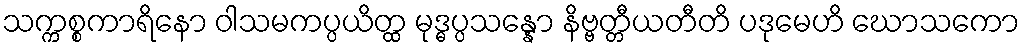
သက္ကစ္စကာရိနော ဝါသမကပ္ပယိတ္ထ မုဒ္ဓပ္ပသန္နော နိဗ္ဗတ္တီယတီတိ ပဒုမေဟိ ဃောသကော